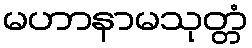
မဟာနာမသုတ္တံ